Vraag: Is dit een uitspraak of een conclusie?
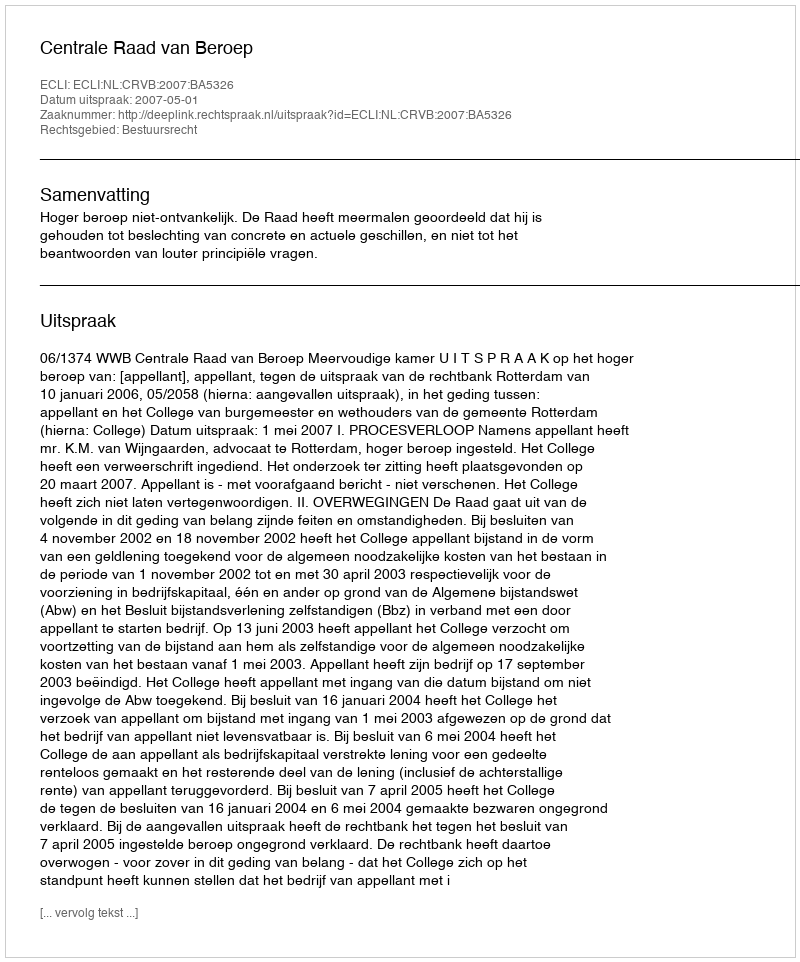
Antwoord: Uitspraak